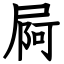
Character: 屙